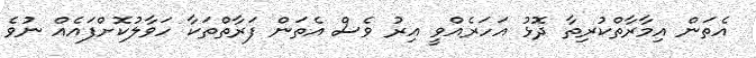
އެތަން އިމާރާތްކުރިތާ ދޮޅު އަހަރެއްވީ އިރު ވެސް އެތަން ފަރާތްތަކާ ހަވާލުކޮށްފައެއް ނުވެ